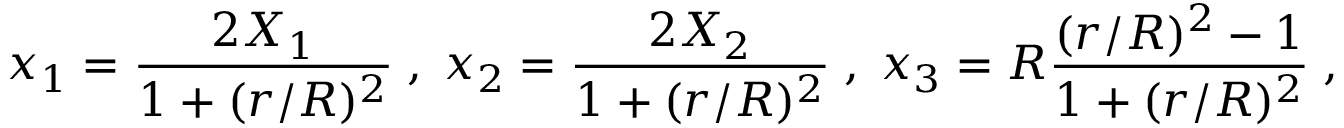
x _ { 1 } = \frac { 2 X _ { 1 } } { 1 + ( r / R ) ^ { 2 } } \; , \; x _ { 2 } = \frac { 2 X _ { 2 } } { 1 + ( r / R ) ^ { 2 } } \; , \; x _ { 3 } = R \frac { ( r / R ) ^ { 2 } - 1 } { 1 + ( r / R ) ^ { 2 } } \; ,